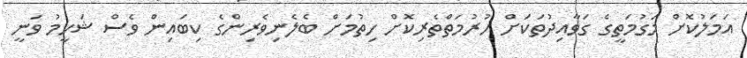
އަމަލުކޮށް މަގުމަތީގެ ގަވާއިދުތަކަށް ހުރުމަތްތެރިކޮށް ހިތުމަށް ބެލެނިވެރިންގެ ކިބައިން ވެސް ޝަހީމު ވަނީ